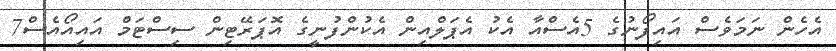
އެހެން ނަމަވެސް އައިފޯނުގެ 5އެސްއާ އެކު އެޕަލްއިން އެކުންފުނީގެ އޮޕަރޭޓިން ސިސްޓަމް އައިއޯއެސް7